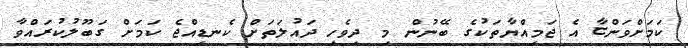
ކަމަށްވަންޏާ އެ ޖަމިއްޔާތަކުގެ ބޭނުން މި ދިވެހި ދައުލަތަށް ކެނޑިއްޖެ ކަމަށް ގަބޫލުކުރައްވާ